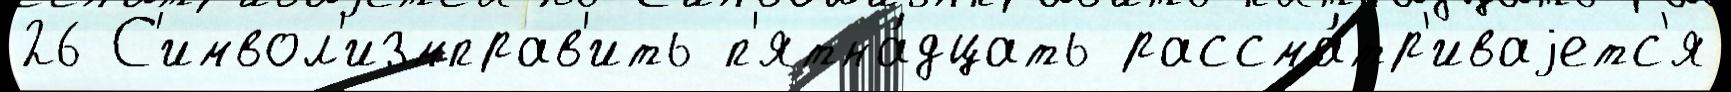
26 С'имвол'измправ'ить п'ятна́дцать рассма́тр'иваjетс'я